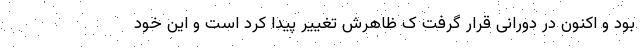
بود و اکنون در دورانی قرار گرفت ک ظاهرش تغییر پیدا کرد است و این خود